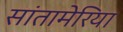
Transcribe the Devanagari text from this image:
सांतामेरिया